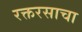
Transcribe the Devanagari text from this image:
रक्तरसाचा